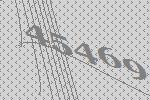
45469